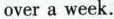
over a week.